Vital statistics of India. Vol. VI, European troops 1870-79
Year: 1870
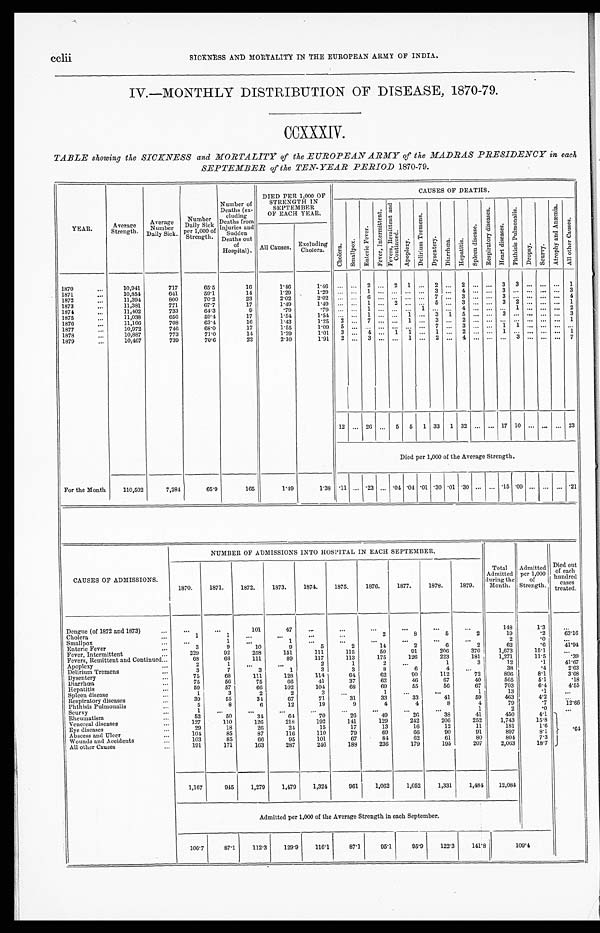
cclii
SICKNESS AND MORTALITY IN THE EUROPEAN ARMY OF INDIA.
IV.—MONTHLY DISTRIBUTION OF DISEASE, 1870-79.
CCXXXIV.
TABLE showing the SICKNESS and MORTALITY of the EUROPEAN ARMY of the MADRAS PRESIDENCY in each
SEPTEMBER of the TEN-YEAR PERIOD 1870-79.
YEAR .
Average
Strength .
Average
N u m b e r
Daily Sick.
Number
Daily Sick
per 1,000 of
Strength.
Number of
Deaths (ex-
cluding
Deaths from
Injuries and
Sudden
Deaths out
of
Hospital).
DIED PER 1,000 OF
STRENGTH IN
S E P T E M B E R
OF EACH YEAR.
CAUSES OF DEATHS.
C h o l e r a .
S m a l l p o x . Ent er i c Fever . Fever, Int ermi t t ent .
F e v e r , R e m i t t e n t a n d
C o n t i n u e d . Apoplexy.
D e l i r i u m T r e m e n s .
D y s e n t e r y .
D i a r r h œ a .
He p a t i t i s
S p l e e n d i s e a s e .
R e s p i r a t o r y d i s e a s e s .
Hear t di s eas e.
P h t h i s i s P u l mo n a l i s .
D r o p s y .
S c u r v y .
A t r o p h y a n d A n æ m i a . Al l o t h e r Ca u s e s .
All Causes.
Excludi
ng Cholera.
1870
10,941
717
65.5
16
1.46
1 . 4 6
. . .
. . .2
...
2 1
. . .
2
. . .2
. . .
. . .3
3
. . .
. . . ...
1
1871...
10,854
641
59.1
14
1.29
1.29
. . .
. . . 1
...
. . . ...
. . .
3
. . .4
. . .
. . .3
...
. . .
. . . ...
3
1872 ...
11,394
800
70.2
23
2.02
2 . 0 2
. . .
. . .6
...
. . . ...
. . .
7
. . .3
. . .
. . .3
...
. . .
. . . ...
4
. . .
1873
11,381
771
67.7
17
1.49
1.49
...
. . . 1 ...
2 ...
. . . 5
. . . 3
. . .
. . . 3
2
. . .
. . . ...
1
...
1874
11,402
733
64.3
9
.79
. 7 9
. . .
. . .1
...
. . .1
1
. . .
. . . 4
. . .
. . ....
1
. . .
. . . ...
2
1875...
11,038
656
59.4
17
1.54
1 . 5 4
. . .
. . .1
...
. . .1
. . .
3
1 5
. . .
. . .3
...
. . .
. . . ...
3
1876...
11,166
708
63.4
16
1.43
1 . 2 5
2
. . .7
...
. . ....
. . .
3
. . .2
. . .
. . ....
...
. . .
. . . ...
1
1877...
10,972
746
68.0
17
1.55
1.09
5
... ...
...
. . . ...
. . .
7
. . . 3
. . .
. . . 1
1
. . .
. . . ...
...
1878 ...
10,887
773
71.0
14
1.29
1.01
3
...
4
...
1
1
...
1
...
2
. . .
. . . 1 ...
. . .
. . . ...
1
1879...
10,467
739
70.6
22
2.10
1.91
2 ... 3
...
. . .1
. . .
2
. . .4
. . .
. . ....
3
. . .
. . . ...
7
12
...
26
...
5
5
1
33
1
32
...
...
17
10
...
...
...
23
Died per 1,000 of the Average Strength.
For the Month
110,502
7,284
65.9
165
1.49
1.38 .11 ...
.23 ... .01 .04 .01 .30 .01 .30 ...
... .15 .09 ...
...
... .21
CAUSES OF ADMISSIONS.
NUMBER OF ADMISSIONS INTO HOSPITAL IN EACH SEPTEMBER.
1870.
1871.
1872.
1873.
1874.
1875.
1876.
1877.
1878.
1879.
Total
Admitted
during the
Month.
Admitted
per 1,000
of
Strength.
Died out
of each
hundred
c a s e s
treated
Dengue (of 1872 and 1873)
...
...
...
101
47
. . .
...
...
...
...
...
148
1.3
. . .
Cholera
...
1
1
...
. . .
...
...
2
8
5
2
19
.2
63.16
Smallpox
...
1
. . .
1
...
...
...
...
...
...
2
. 0
. . .
Enteric Fever
...
3
9
10
9
5
2
14
2
6
2
62
.6
41.94
Fever, Intermittent
...
229
92
258
151
111
115
50
91
206
370
1,673
15.1
. . .
Fevers, Remittent and Continued...
68
68
111
89
117
113
175
126
223
181
1,271
11.5
.39
Apoplexy
...
2
1
. . .
. . .
2
1
2
...
1
3
12
.1
41.67
Delirium Tremens
...
3
7
3
1
3
3
8
6
4
...
38
.4
2.63
Dysentery
...
75
68
111
128
114
64
62
90
112
72
896
8.1
3.68
Diarrhœa
...
75
56
75
66
41
37
62
46
67
40
565
5.1
.18
Hepatitis
...
59
57
66
102
104
68
69
55
56
67
703
6.4
4.55
Spleen disease
...
1
3
2
2
3
...
1
...
...
1
13
. 1
. . .
Respiratory diseases
...
39
55
34
67
71
31
33
33
41
59
463
4.2
. . .
Phthisis Pulmonalis
...
5
8
6
12
19
9
4
4
8
4
79
. 7
12.66
Scurvy
. . .
1
...
...
...
...
...
...
...
...
1
2
. 0
. . .
Rheumatism
52
50
34
64
70
26
49
26
38
41
450
4.1
Venereal diseases
. . .
127
110
126
218
192
141
129
242
206
252
1,743
15.8
Eye diseases
. . .
29
18
26
24
15
17
13
16
12
11
181
1.6
.64
Abscess and Ulcer
. . .
104
85
87
116
110
79
69
66
90
91
897
8.1
Wounds and Accidents
...
103
85
66
95
101
67
84
62
61
80
804
7.3
All other Causes
191
171
163
287
246
188
236
179
19 5
207
2,063
18.7
1,167
945
1,279
1,479
1,324
961
1,062
1,052
1,331
1,484
12,084
Admitted per 1,000 of the Average Strength in each September.
106.7
87.1
112.3
129.9
116.1
87.1
95.1
95.9
122.3
141.8
109.4